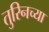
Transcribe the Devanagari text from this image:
तुरिनच्या